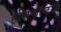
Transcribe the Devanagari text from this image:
हेलिकॉप्टरने